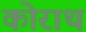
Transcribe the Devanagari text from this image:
कोराथ